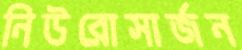
নিউরোসার্জন